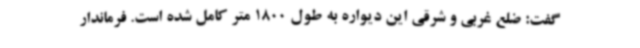
گفت: ضلع غربی و شرقی این دیواره به طول 1800 متر کامل شده است. فرماندار